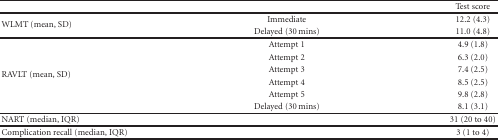
<table><thead><tr><td><b> </b></td><td><b> </b></td><td><b>Test score</b></td></tr></thead><tbody><tr><td rowspan="2">WLMT (mean, SD) </td><td>Immediate</td><td>12.2 (4.3)</td></tr><tr><td>Delayed (30 mins)</td><td>11.0 (4.8) </td></tr><tr><td rowspan="6">RAVLT (mean, SD)</td><td>Attempt 1</td><td>4.9 (1.8)</td></tr><tr><td>Attempt 2</td><td>6.3 (2.0)</td></tr><tr><td>Attempt 3</td><td>7.4 (2.5)</td></tr><tr><td>Attempt 4</td><td>8.5 (2.5)</td></tr><tr><td>Attempt 5</td><td>9.8 (2.8)</td></tr><tr><td>Delayed (30 mins)</td><td>8.1 (3.1) </td></tr><tr><td>NART (median, IQR)</td><td> </td><td>31 (20 to 40) </td></tr><tr><td>Complication recall (median, IQR)</td><td> </td><td>3 (1 to 4)</td></tr></tbody></table>